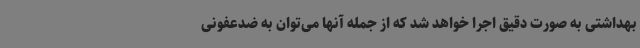
بهداشتی به صورت دقیق اجرا خواهد شد که از جمله آنها می‌توان به ضدعفونی